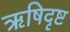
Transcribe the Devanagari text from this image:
ऋषिदृष्ट